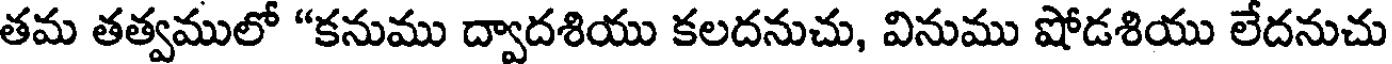
తమ తత్వములో "కనుము ద్వాదశియు కలదనుచు, వినుము షోడశియు లేదనుచు